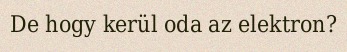
De hogy kerül oda az elektron?